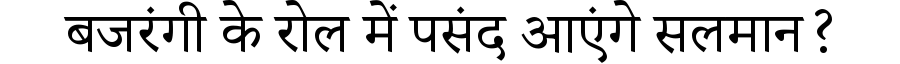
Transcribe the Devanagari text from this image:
बजरंगी के रोल में पसंद आएंगे सलमान?